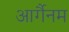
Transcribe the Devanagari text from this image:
आर्गैनम